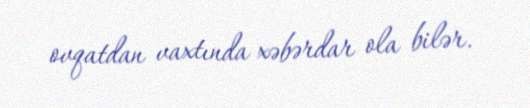
ovqatdan vaxtında xəbərdar ola bilər.